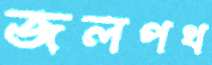
জলপথ